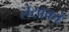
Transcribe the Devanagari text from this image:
लेखकोँ